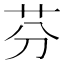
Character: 芬